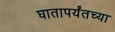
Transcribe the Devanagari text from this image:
घातापर्यंतच्या